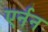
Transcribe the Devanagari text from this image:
एर्नन